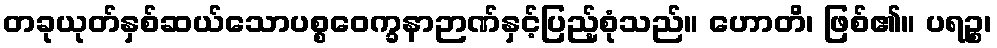
တခုယုတ်နှစ်ဆယ်သောပစ္စဝေက္ခနာဉာဏ်နှင့်ပြည့်စုံသည်။ ဟောတိ၊ ဖြစ်၏။ ပရဉ္စ၊